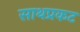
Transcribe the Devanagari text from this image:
साथप्रकट